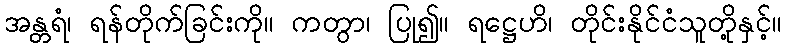
အန္တရံ၊ ရန်တိုက်ခြင်းကို။ ကတွာ၊ ပြု၍။ ရဋ္ဌေဟိ၊ တိုင်းနိုင်ငံသူတို့နှင့်။